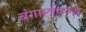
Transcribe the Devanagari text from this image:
बंगालविरुद्ध